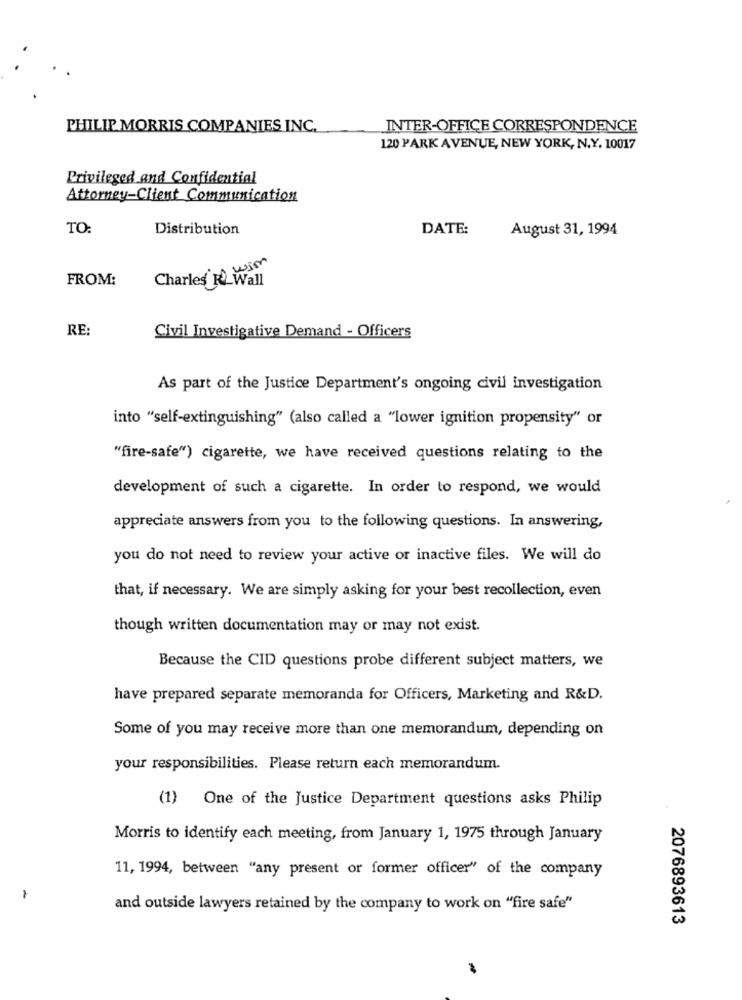
PHILIP MORRIS COMPANIES INC.
INTER-OFFICE CORRESPONDENCE
120 PARK AVENUE, NEW YORK, N.Y. 10017
Privileged and Confidential
Attorney-Client Communication
TO
Distribution
DATE:
August 31, 1994
FROM:
Charles R_Wall
RE:
Civil Investigative Demand - Officers
As part of the Justice Department's ongoing civil investigation
into "self-extinguishing" (also called a "lower ignition propensity" or
"fire-safe") cigarette, we have received questions relating to the
development of such a cigarette. In order to respond, we would
appreciate answers from you to the following questions. In answering,
you do not need to review your active or inactive files. We will do
that, if necessary. We are simply asking for your best recollection, even
though written documentation may or may not exist.
Because the CID questions probe different subject matters, we
have prepared separate memoranda for Officers, Marketing and R&D.
Some of you may receive more than one memorandum, depending on
your responsibilities. Please return each memorandum.
(1) One of the Justice Department questions asks Philip
Morris to identify each meeting, from January 1, 1975 through January
11, 1994, between "any present or former officer" of the company
and outside lawyers retained by the company to work on "fire safe"
2076893613